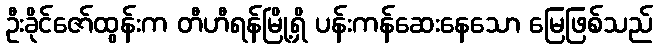
ဦးခိုင်ဇော်ထွန်းက တီဟီရန်မြို့ရှိ ပန်းကန်ဆေးနေသော မြေဖြစ်သည်